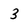
Character: 3